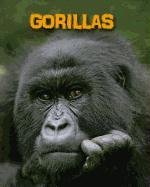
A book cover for Gorillas (Living in the Wild: Primates); Lori McManus; Science & Math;